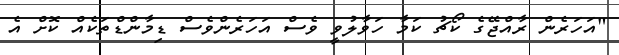
"އަހަރެން ރާއްޖޭގެ ކޯޗު ކަމާ ހަވާލުވީ ވެސް އަހަރެންވެސް ޑިމާންޑްތަކެއް ކޮށް އެ